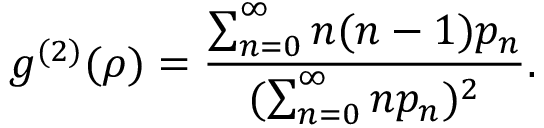
g ^ { ( 2 ) } ( \rho ) = \frac { \sum _ { n = 0 } ^ { \infty } n ( n - 1 ) p _ { n } } { ( \sum _ { n = 0 } ^ { \infty } n p _ { n } ) ^ { 2 } } .